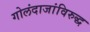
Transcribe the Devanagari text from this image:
गोलंदाजांविरुद्ध